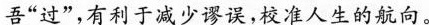
吾”过”，有利于减少谬误，校准人生的航向。